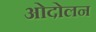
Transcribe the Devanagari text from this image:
ओदोलन